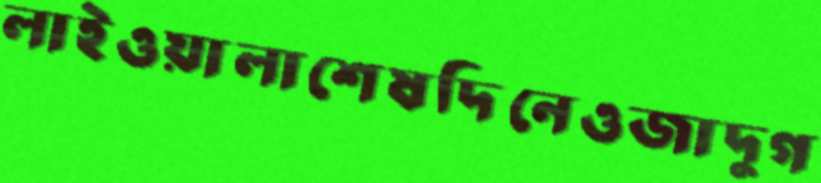
লাইওয়ালাশেষদিনেওজাদুগ